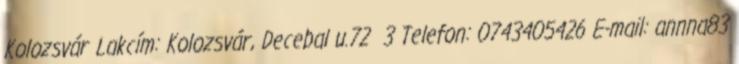
Kolozsvár Lakcím: Kolozsvár, Decebal u.72 3 Telefon: 0743405426 E-mail: annna83